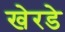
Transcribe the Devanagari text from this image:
खेरडे